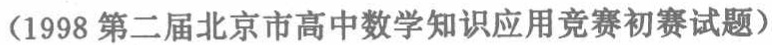
(1998 第二届北京市高中数学知识应用竞赛初赛试题)